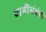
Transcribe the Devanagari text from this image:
बाबींसंबंधी